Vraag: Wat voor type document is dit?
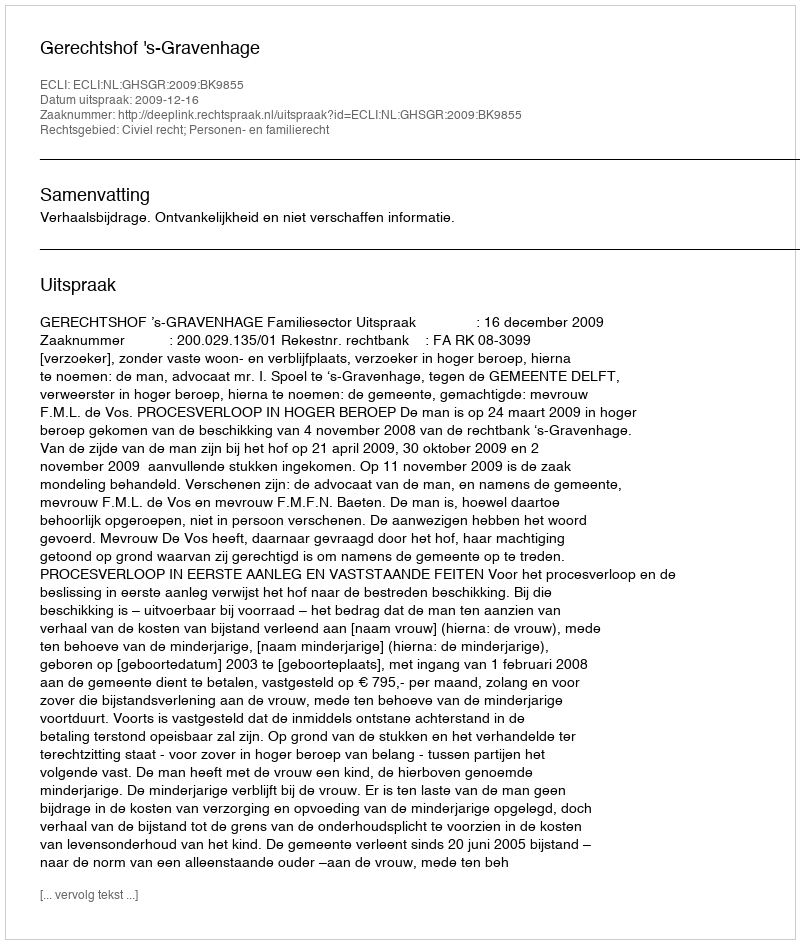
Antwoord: Uitspraak